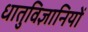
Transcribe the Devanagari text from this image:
धातुविज्ञानियों